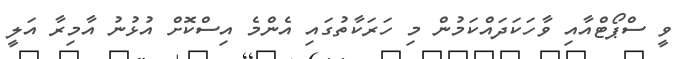
ވީ ސްޕޯޓްއާއި ވާހަކަދައްކަމުން މި ހަރަކާތުގައި އެންމެ އިސްކޮށް އުޅުނު އާމިރާ އަލީ